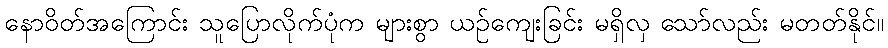
နောဝိတ်အကြောင်း သူပြောလိုက်ပုံက များစွာ ယဉ်ကျေးခြင်း မရှိလှ သော်လည်း မတတ်နိုင်။